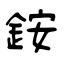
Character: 銨